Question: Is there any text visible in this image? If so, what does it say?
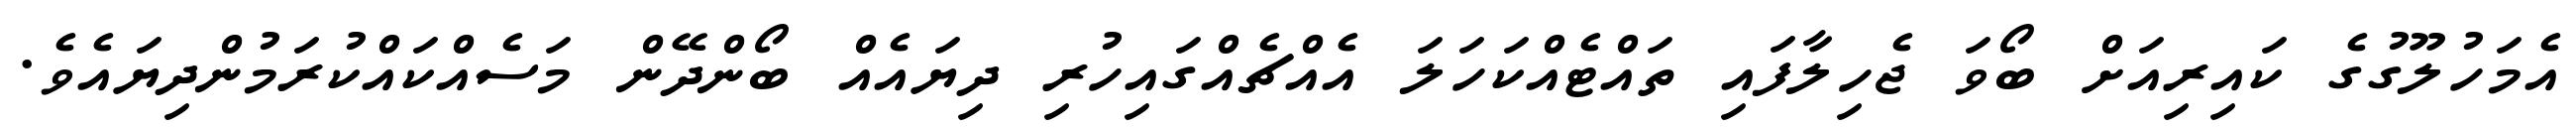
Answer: އެމަހުލޫގުގެ ކައިރިއަށް ބޯވަ ޖެހިލާފައި ތައްޓެއްކަހަލަ އެއްޗެއްގައިހުރި ދިޔައެއް ބޯންދޭން މަސެއްކައްކުރަމުންދިޔައެވެ.